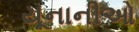
યૂનાનીઓ